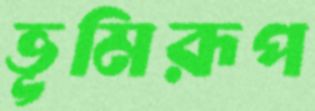
ভূমিরূপ